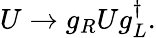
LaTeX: U\rightarrow g_{R}Ug_{L}^{\dagger}.